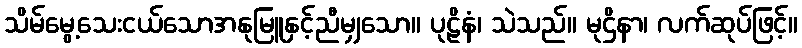
သိမ်မွေ့သေးငယ်သောအနုမြူနှင့်ညီမျှသော။ ပုဠိနံ၊ သဲသည်။ မုဌိနာ၊ လက်ဆုပ်ဖြင့်။